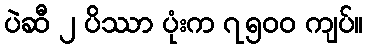
ပဲဆီ ၂ ပိဿာ ပုံးက ၇၅၀၀ ကျပ်။